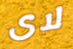
لاى